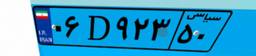
۰۶D۹۲۳۵۰